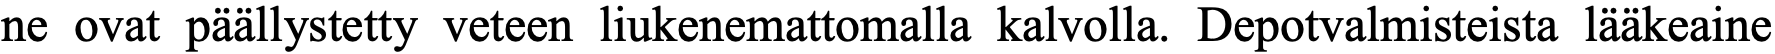
ne ovat päällystetty veteen liukenemattomalla kalvolla. Depotvalmisteista lääkeaine